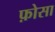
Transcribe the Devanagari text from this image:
फ़ोसा